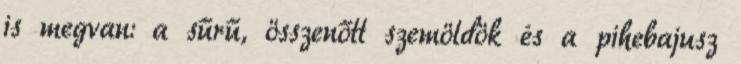
is megvan: a sűrű, összenőtt szemöldök és a pihebajusz